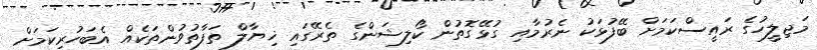
މަޖިލީހުގެ ރައީސްކަމަށް ބޭފުޅަކު ނެރުމާއި ގުޅޭގޮތުން ކޯލިޝަންގެ ތެރޭގައި ޚިޔާލް ތަފާތުވުންތަކެއް އެބަހުރިކަމަށް